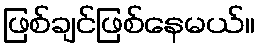
ဖြစ်ချင်ဖြစ်နေမယ်။